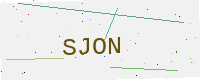
Text: SJON